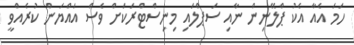
ހަމަ އެއާ އެކު ޕްލޭނިން ނާއި ސަޕްލައި މިނިސްޓްރަކަށް ވެސް އައްޔަން ކުރެއްވީ